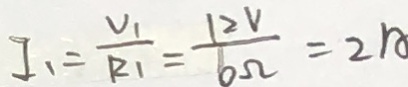
I _ { 1 } = \frac { V _ { 1 } } { R _ { 1 } } = \frac { 1 2 V } { 6 \Omega } = 2 A